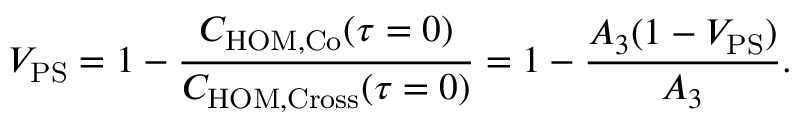
V _ { \mathrm { P S } } = 1 - \frac { C _ { \mathrm { H O M , C o } } ( \tau = 0 ) } { C _ { \mathrm { H O M , C r o s s } } ( \tau = 0 ) } = 1 - \frac { A _ { 3 } ( 1 - V _ { \mathrm { P S } } ) } { A _ { 3 } } .